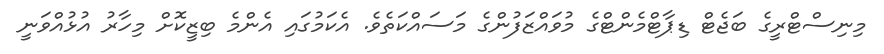
މިނިސްޓްރީގެ ބަޖެޓް ޑިޕާޓްމެންޓްގެ މުވައްޒަފުންގެ މަސައްކަތެވެ. އެކަމުގައި އެންމެ ބިޒީކޮށް މިހާރު އުޅުއްވަނީ